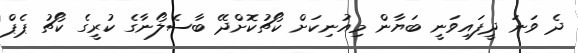
ދެ ވަނަ ދީފައިވަނީ ބަޔާން މިއުނިކަށް ކޯޗުކޮށްދޭ ބާސެލޯނާގެ ކުރީގެ ކޯޗު ޕެޕް